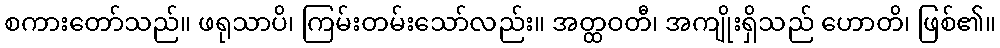
စကားတော်သည်။ ဖရုသာပိ၊ ကြမ်းတမ်းသော်လည်း။ အတ္ထဝတီ၊ အကျိုးရှိသည် ဟောတိ၊ ဖြစ်၏။